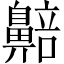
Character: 𬹰